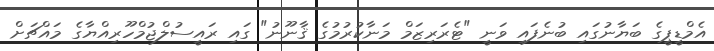
އެމްޑީޕީގެ ބަޔާނުގައި ބުނެފައި ވަނީ "ޓެރަރިޒަމް މަނާކުރުމުގެ ޤާނޫނު" ގައި ރައީސުލްޖުމްހޫރިއްޔާގެ މައްޗަށް